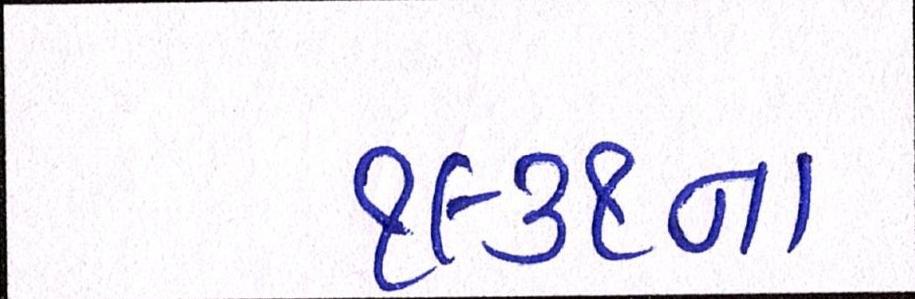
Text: ૧૯૩૧ના